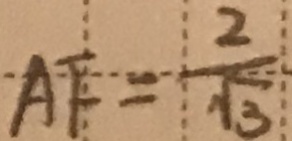
A F = \frac { 2 } { \sqrt { 3 } }